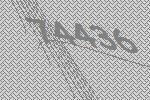
74436